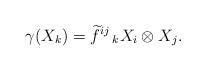
LaTeX: \begin{align*}\gamma (X_{k})=\widetilde{f}^{ij}\,_{k} X_{i}\otimes X_{j}.\end{align*}